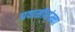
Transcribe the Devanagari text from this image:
प्रवासीसंख्या